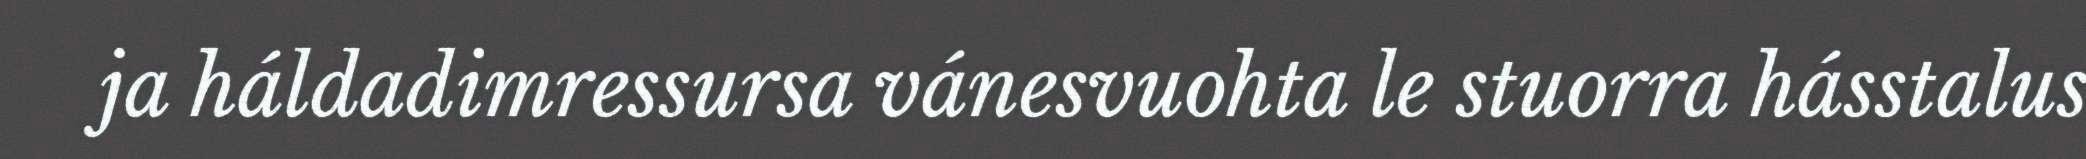
ja háldadimressursa vánesvuohta le stuorra hásstalus